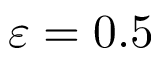
\varepsilon = 0 . 5